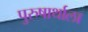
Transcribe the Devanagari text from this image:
पुरुषार्थाला